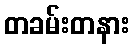
တခမ်းတနား